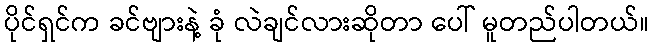
ပိုင်ရှင်က ခင်ဗျားနဲ့ ခုံ လဲချင်လားဆိုတာ ပေါ် မူတည်ပါတယ်။